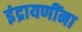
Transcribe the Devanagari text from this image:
इंद्रायणींना